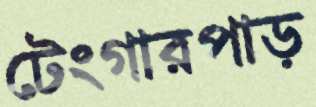
টেংগারপাড়